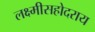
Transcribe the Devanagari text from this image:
लक्ष्मीसहोदराय